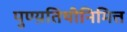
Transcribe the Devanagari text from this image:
पुण्य़तिथीनिमित्त